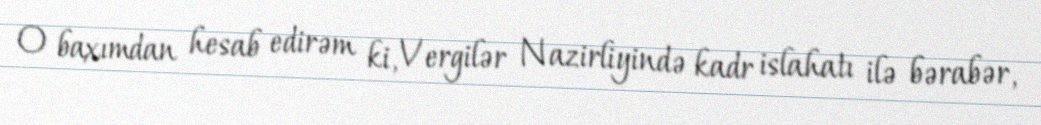
O baxımdan hesab edirəm ki, Vergilər Nazirliyində kadr islahatı ilə bərabər,